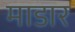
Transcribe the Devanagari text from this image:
माडार